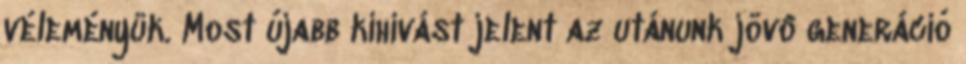
véleményük. Most újabb kihívást jelent az utánunk jövô generáció